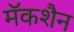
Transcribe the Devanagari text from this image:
मॅकशैन